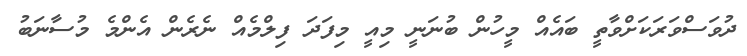
ދުވަސްވަރަކަށްވާތީ ބައެއް މީހުން ބުނަނީ މިއީ މިފަދަ ފިލްމެއް ނެރެން އެންމެ މުސާނަބު